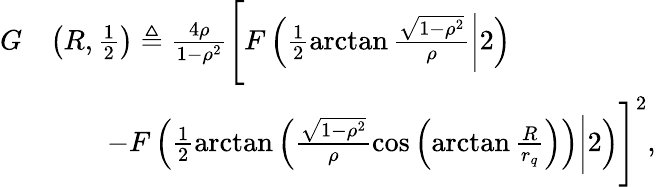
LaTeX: \begin{array}{rl}{G}&{\left(R,\frac 12\right)\triangleq\frac{4\rho}{1-\rho^{2}}\Bigg[F\left(\frac 12\arctan\frac{\sqrt{1-\rho^{2}}}{\rho}\bigg|2\right)}\\ &{\qquad-F\left(\frac 12\arctan\left(\frac{\sqrt{1-\rho^{2}}}{\rho}\cos\left(\arctan\frac{R}{r_{q}}\right)\right)\bigg|2\right)\Bigg]^{2},}\end{array}